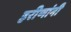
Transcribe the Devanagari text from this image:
हरीणांनी